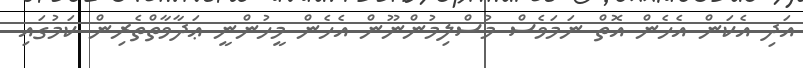
އަދި އެކަން އެހެން އޮތް ނަމަވެސް މުސްލިމުންނޫން އެހެން މީހުންނީ ޢަދާވާތްތެރިން ކަމުގައި